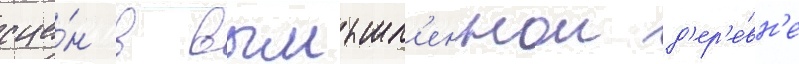
сце́н в вымышл'еннои д'ер'е́вн'е